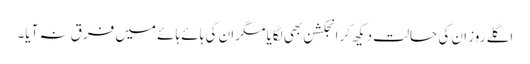
اگلے روز ان کی حالت دیکھ کر انجکشن بھی لگایا مگر ان کی ہائے ہائے میں فرق نہ آیا۔